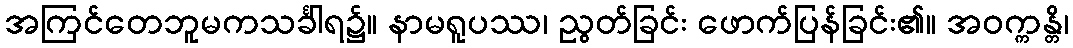
အကြင်တေဘူမကသင်္ခါရ၌။ နာမရူပဿ၊ ညွတ်ခြင်း ဖောက်ပြန်ခြင်း၏။ အဝက္ကန္တိ၊